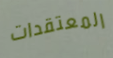
المعتقدات